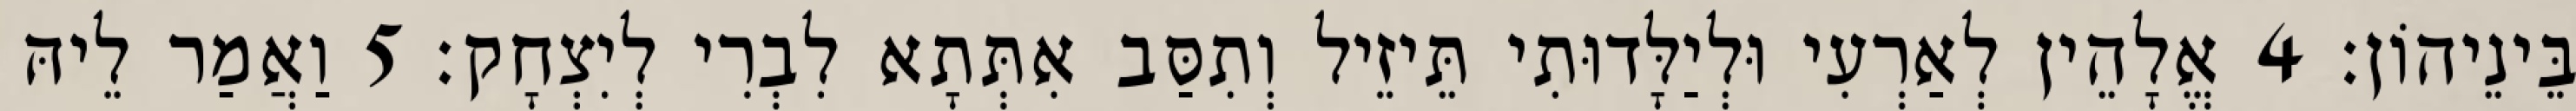
בֵּינֵיהוֹן׃ 4 אֱלָהֵין לְאַרְעִי וּלְיַלָּדוּתִי תֵּיזֵיל וְתִסַּב אִתְּתָא לִבְרִי לְיִצְחָק׃ 5 וַאֲמַר לֵיהּ